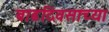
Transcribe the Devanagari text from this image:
बाढदिवसाच्या